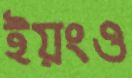
ইয়ংও